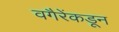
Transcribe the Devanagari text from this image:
वगैरेंकडून